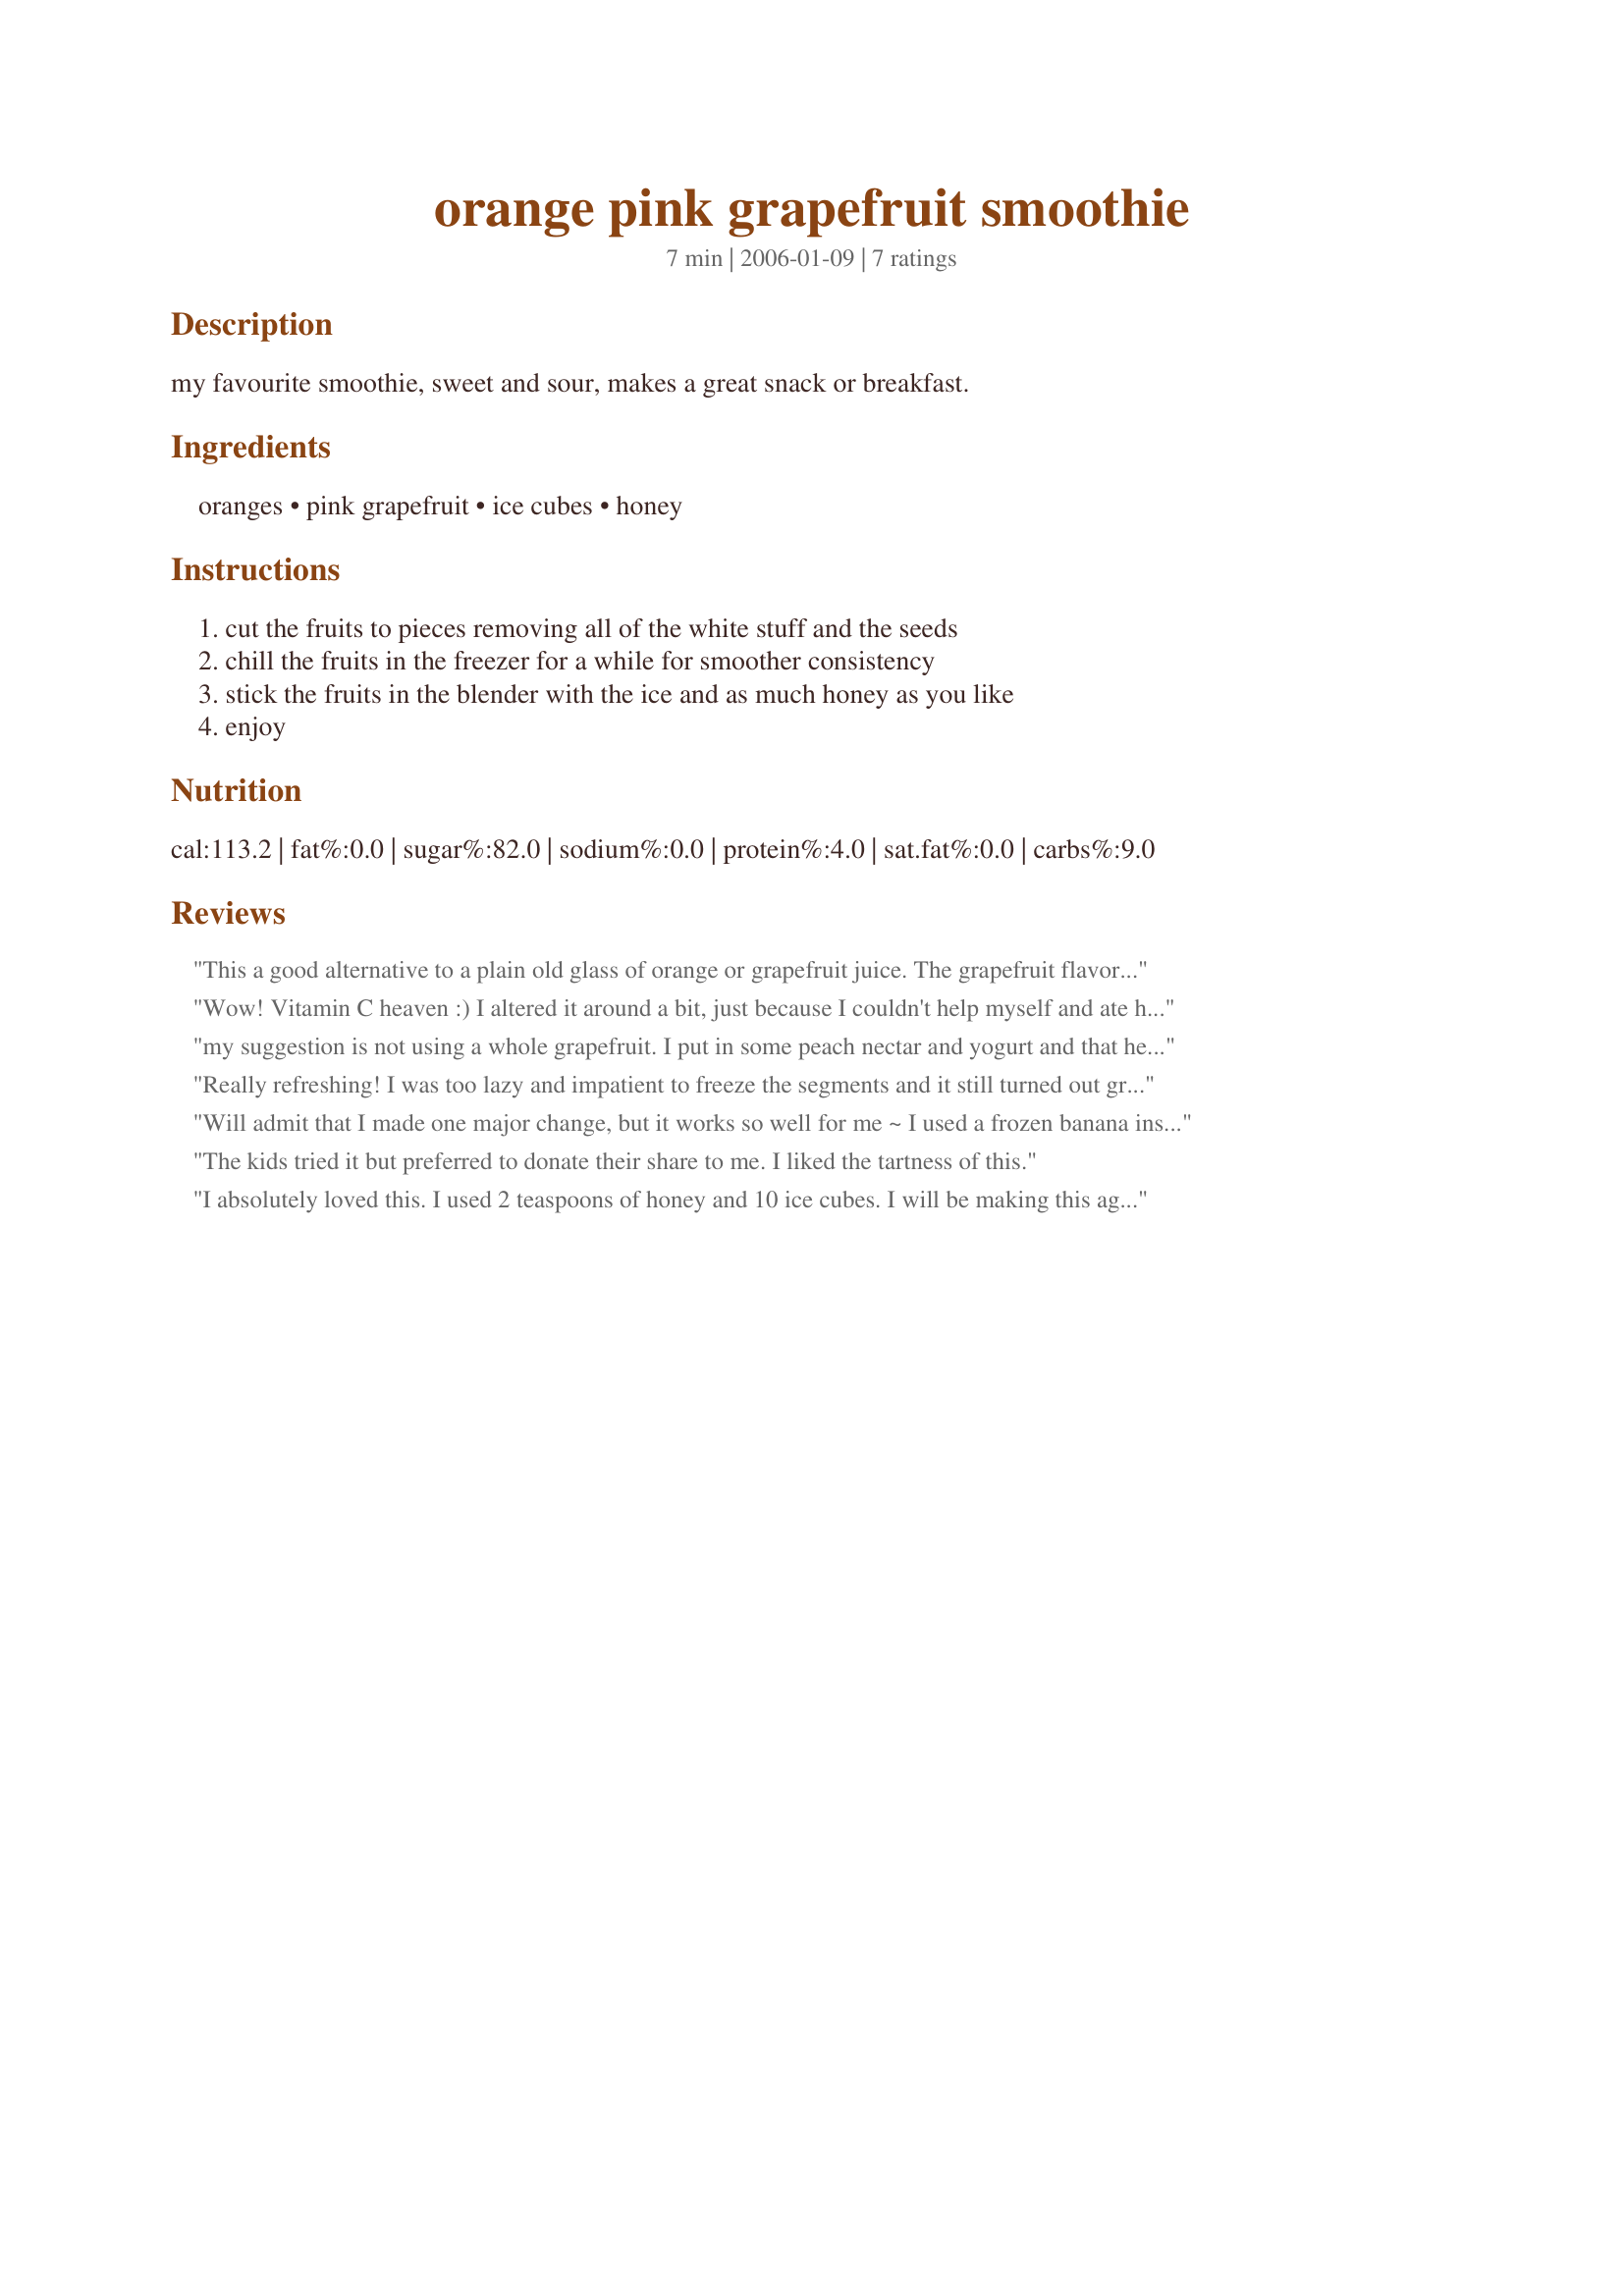
orange pink grapefruit smoothie
Preparation time: 7 minutes

my favourite smoothie, sweet and sour, makes a great snack or breakfast.

Ingredients:
oranges, pink grapefruit, ice cubes, honey

Steps:
cut the fruits to pieces removing all of the white stuff and the seeds, chill the fruits in the freezer for a while for smoother consistency, stick the fruits in the blender with the ice and as much honey as you like, enjoy

Reviews:
This a good alternative to a plain old glass of orange or grapefruit juice. The grapefruit flavor is stronger than the orange. I used sugar free imitation honey. I only had about 1 teaspoon so, my smoothie was a little tart like ruby red grapefruit juice. I also used a little more ice, about 12 cubes.
Wow! Vitamin C heaven :)
I altered it around a bit, just because I couldn't help myself and ate half of the grapefruit before getting it into the blender haha!
I used half a grapefruit, 1 medium navel orange, about 5 strawberries, and the juice of half a lime, with about a cup of ice and 4-5 splenda packets.

It was divine.
Thank you for posting this...soooo refreshing.
my suggestion is not using a whole grapefruit. I put in some peach nectar and yogurt and that helped it, but the grapefruit made it too tarty. next time, I&#039;m going to add a banana and maybe a couple of strawberries. but overall, don&#039;t add so much grape fruit. the grapefruit over powered the whole smoothie. do about 1/2 or 1/4 grapefruit.
Really refreshing! I was too lazy and impatient to freeze the segments and it still turned out great. Thanks for posting the recipe.
Will admit that I made one major change, but it works so well for me ~ I used a frozen banana instead of the ice cubes! A tablespoon of dark honey was included, & we really enjoyed the citrus combo in this smoothie! Definitely a winner! Thanks for sharing the recipe! [Made & reviewed in Healthy Choices ABC recipe tag]
The kids tried it but preferred to donate their share to me. I liked the tartness of this.
I absolutely loved this. I used 2 teaspoons of honey and 10 ice cubes. I will be making this again and thanks for posting this treat.
